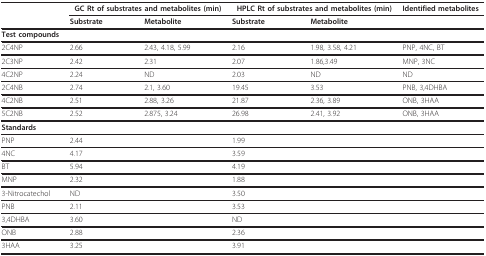
<table><thead><tr><td></td><td colspan="2"><b>GC Rt of substrates and metabolites (min)</b></td><td colspan="2"><b>HPLC Rt of substrates and metabolites (min)</b></td><td><b>Identified metabolites</b></td></tr><tr><td></td><td><b>Substrate</b></td><td><b>Metabolite</b></td><td><b>Substrate</b></td><td><b>Metabolite</b></td><td></td></tr></thead><tbody><tr><td><b>Test compounds</b></td><td></td><td></td><td></td><td></td><td></td></tr><tr><td>2C4NP</td><td>2.66</td><td>2.43, 4.18, 5.99</td><td>2.16</td><td>1.98, 3.58, 4.21</td><td>PNP, 4NC, BT</td></tr><tr><td>2C3NP</td><td>2.42</td><td>2.31</td><td>2.07</td><td>1.86,3.49</td><td>MNP, 3NC</td></tr><tr><td>4C2NP</td><td>2.24</td><td>ND</td><td>2.03</td><td>ND</td><td>ND</td></tr><tr><td>2C4NB</td><td>2.74</td><td>2.1, 3.60</td><td>19.45</td><td>3.53</td><td>PNB, 3,4DHBA</td></tr><tr><td>4C2NB</td><td>2.51</td><td>2.88, 3.26</td><td>21.87</td><td>2.36, 3.89</td><td>ONB, 3HAA</td></tr><tr><td>5C2NB</td><td>2.52</td><td>2.875, 3.24</td><td>26.98</td><td>2.41, 3.92</td><td>ONB, 3HAA</td></tr><tr><td><b>Standards</b></td><td></td><td></td><td></td><td></td><td></td></tr><tr><td>PNP</td><td>2.44</td><td></td><td>1.99</td><td></td><td></td></tr><tr><td>4NC</td><td>4.17</td><td></td><td>3.59</td><td></td><td></td></tr><tr><td>BT</td><td>5.94</td><td></td><td>4.19</td><td></td><td></td></tr><tr><td>MNP</td><td>2.32</td><td></td><td>1.88</td><td></td><td></td></tr><tr><td>3-Nitrocatechol</td><td>ND</td><td></td><td>3.50</td><td></td><td></td></tr><tr><td>PNB</td><td>2.11</td><td></td><td>3.53</td><td></td><td></td></tr><tr><td>3,4DHBA</td><td>3.60</td><td></td><td>ND</td><td></td><td></td></tr><tr><td>ONB</td><td>2.88</td><td></td><td>2.36</td><td></td><td></td></tr><tr><td>3HAA</td><td>3.25</td><td></td><td>3.91</td><td></td><td></td></tr></tbody></table>